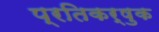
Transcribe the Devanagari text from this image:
प्रतिकर्षुक